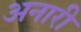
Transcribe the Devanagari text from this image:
अनारी